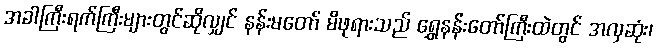
အခါကြီးရက်ကြီးများတွင်ဆိုလျှင် နန်းမတော် မိဖုရားသည် ရွှေနန်းတော်ကြီးထဲတွင် အလှဆုံး၊